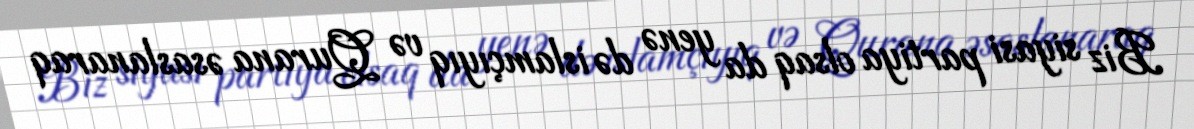
Biz siyasi partiya olsaq da yenə də islamçıyıq və Qurana əsaslanaraq